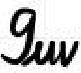
$g_{uv}$